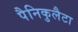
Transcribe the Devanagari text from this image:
पैनिकुलैटा